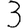
Digit: 3